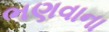
ભણવાના